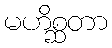
မဟိစ္ဆတာ